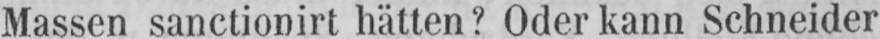
Massen sanctionirt hätten? Oder kann Schneider